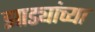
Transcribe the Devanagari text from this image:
झाड्यांच्या